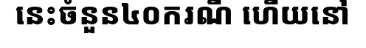
នេះចំនួន៤០ករណី ហើយនៅ